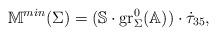
LaTeX: \begin{align*}\mathbb{M}^{min}(\Sigma)=(\mathbb{S}\cdot\mathrm{gr}_\Sigma^0(\mathbb{A}))\cdot\dot\tau_{35},\end{align*}